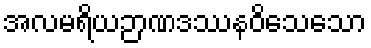
အလမရိယဉာဏဒဿနဝိသေသော